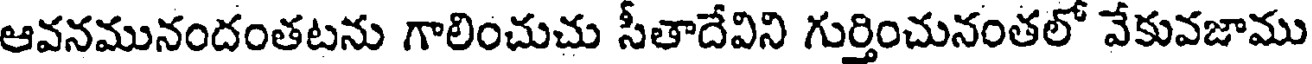
ఆవనమునందంతటను గాలించుచు సీతాదేవిని గుర్తించునంతలో వేకువజాము